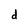
Character: d